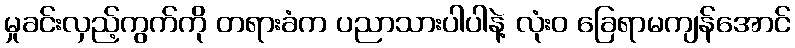
မှုခင်းလှည့်ကွက်ကို တရားခံက ပညာသားပါပါနဲ့ လုံးဝ ခြေရာမကျန်အောင်